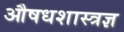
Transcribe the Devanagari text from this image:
औषधशास्त्रज्ञ